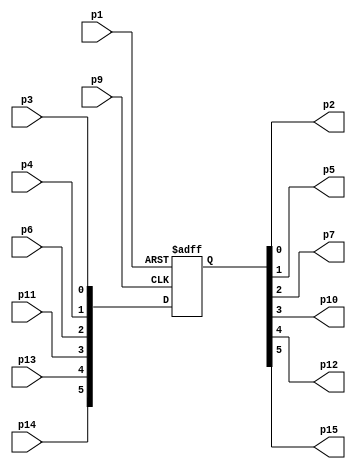
/////////////////////////////////////////
// 74HC174 - Hex D-type flip-flop with reset; positive-edge trigger
//
// Antonio Sanchez (@TheSonders)
////////////////////////////////////////

module HC174(
    input wire p3,p4,p6,p11,p13,p14,
	input wire p9,p1,
	output wire p2,p5,p7,p10,p12,p15
);

reg [5:0] d=6'h00;
assign {p15,p12,p10,p7,p5,p2}=d;

always @(posedge p9 or negedge p1)begin
    if (~p1) d<=6'h00;
    else d<={p14,p13,p11,p6,p4,p3};
end

endmodule